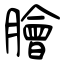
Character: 膾